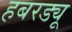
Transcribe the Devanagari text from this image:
हबरड्यू